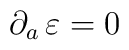
\partial_a \, \varepsilon =0